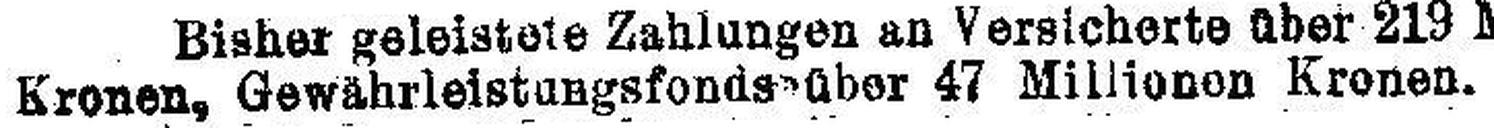
Kronen, Gewährleistungsfonds über 47 Millionen Kronen,